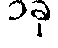
၁ခု